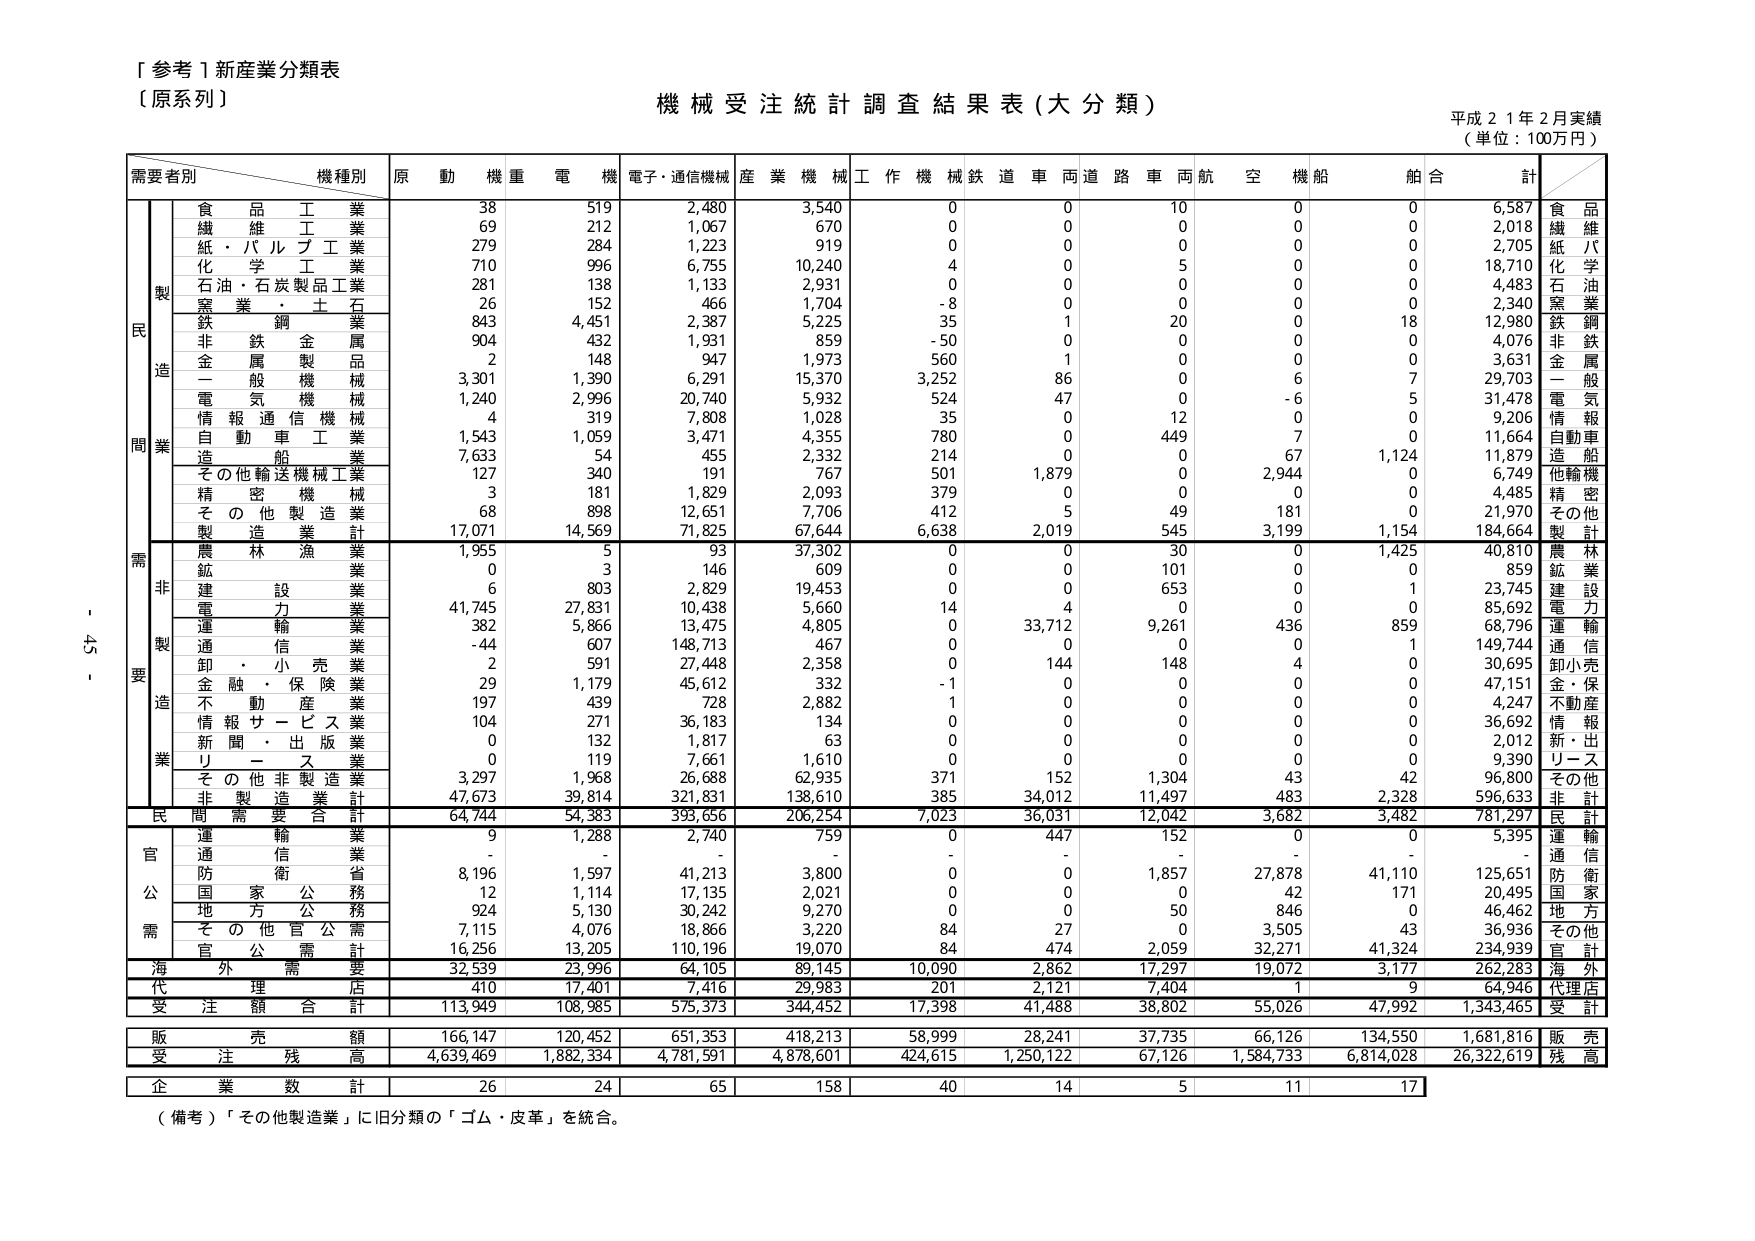
「参考１新産業分類表
（原系列）

機械受注統計調査結果表（大分類）
平成２１年２月実績
（単位：100万円）

需要者別　　機種別　　原　動　機　重　電　機　電子・通信機械　産　業　機　械　工　作　機　械　鉄　道　車　両　道　路　車　両　航　空　機　船　舶　合　計

製造
　　食品工業